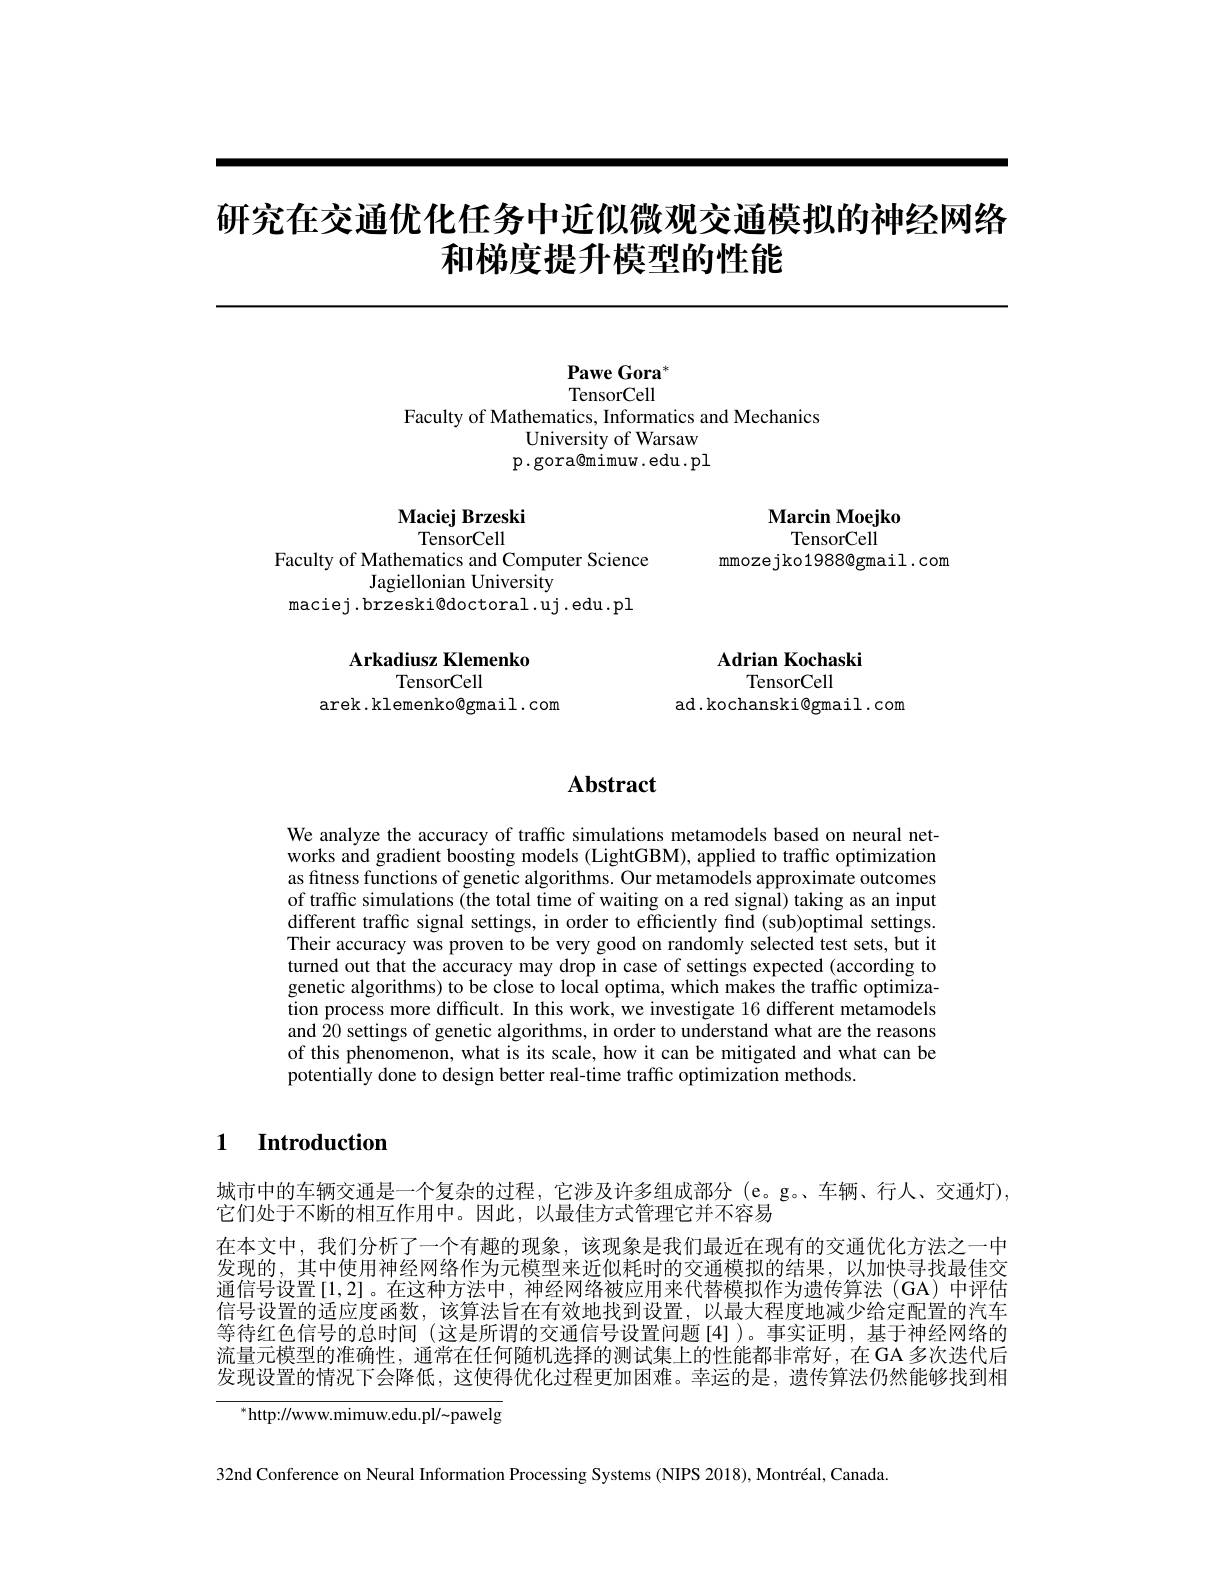
# 研究在交通优化任务中近似微观交通模拟的神经网络和梯度提升模型的性能

Pawe Gora$^{*}$ TensorCell

Faculty of Mathematics, Informatics and Mechanics
University of Warsaw p.gora@mimuw.edu.pl

Maciej Brzeski
TensorCell

Marcin Moejko
TensorCell
mmoze jko1988@gmail.com

Faculty of Mathematics and Computer Science
Jagiellonian University
maciej .brzeski@doctoral .uj .edu.pl

Arkadiusz Klemenko
TensorCell

arek. klemenko@gmail. com

Adrian Kochaski
TensorCell

ad.kochanski@gmail.com

## $\mathbf{Abstract}$

We analyze the accuracy of traffic simulations metamodels based on neural networks and gradient boosting models (LightGBM), applied to traffic optimization as fitness functions of genetic algorithms. Our metamodels approximate outcomes of traffic simulations (the total time of waiting on a red signal) taking as an input different traffic signal settings, in order to efficiently find (sub)optimal settings. Their accuracy was proven to be very good on randomly selected test sets, but it turned out that the accuracy may drop in case of settings expected (according to genetic algorithms) to be close to local optima, which makes the traffic optimization process more difficult. In this work, we investigate 16 different metamodels and 20 settings of genetic algorithms, in order to understand what are the reasons of this phenomenon, what is its scale, how it can be mitigated and what can be potentially done to design better real-time traffic optimization methods.

## 1 Introduction

城市中的车辆交通是一个复杂的过程，它涉及许多组成部分 (e。g。车辆、行人、交通灯),
它们处于不断的相互作用中。因此，以最佳方式管理它并不容易
在本文中，我们分析了一个有趣的现象，该现象是我们最近在现有的交通优化方法之一中发现的，其中使用神经网络作为元模型来近似耗时的交通模拟的结果，以加快寻找最佳交通信号设置[1,2]。在这种方法中，神经网络被应用来代替模拟作为遗传算法(GA)中评估信号设置的适应度函数，该算法旨在有效地找到设置，以最大程度地减少给定配置的汽车等待红色信号的总时间 (这是所谓的交通信号设置问题[4])。事实证明，基于神经网络的流量元模型的准确性，通常在任何随机选择的测试集上的性能都非常好，在 GA 多次迭代后发现设置的情况下会降低，这使得优化过程更加困难。幸运的是，遗传算法仍然能够找到相

$^{*}$http://www.mimuw.edu.pl/~pawelg

32nd Conference on Neural Information Processing Systems (NIPS 2018), Montréal, Canada